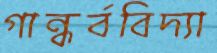
গান্ধর্ববিদ্যা